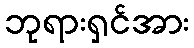
ဘုရားရှင်အား